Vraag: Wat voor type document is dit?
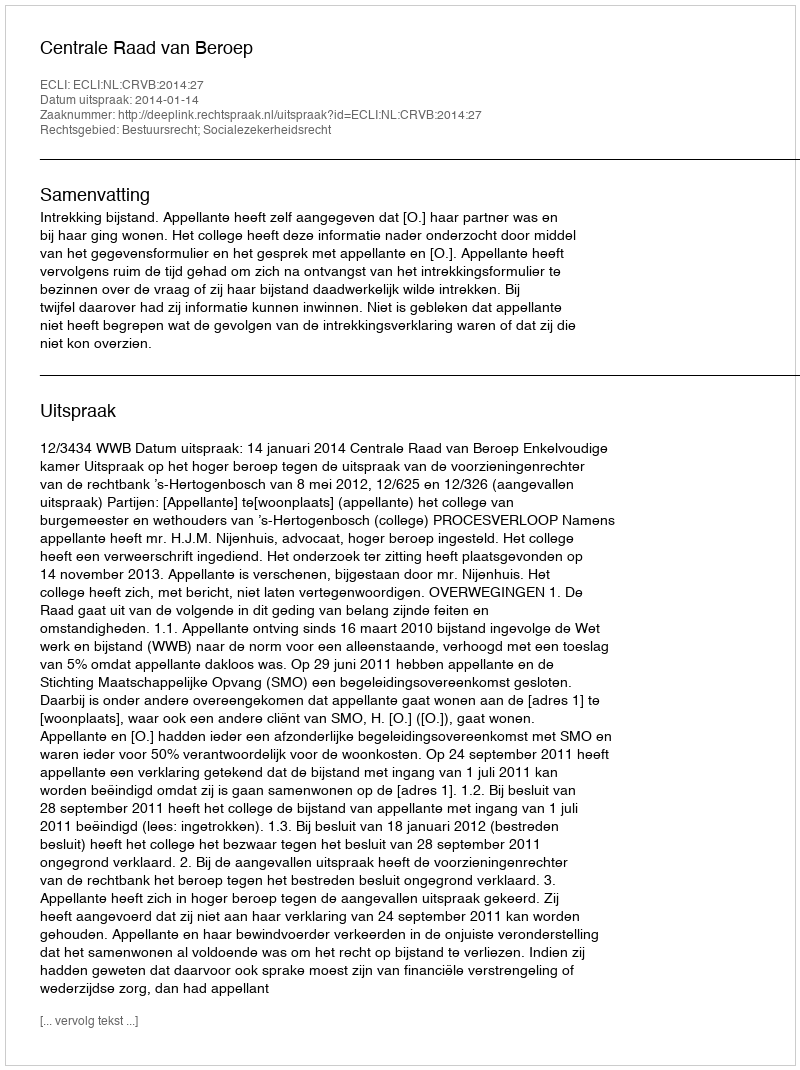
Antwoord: Uitspraak